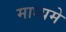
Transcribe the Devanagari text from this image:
माध्‍यमे